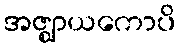
အဇ္ဈာယကောပိ